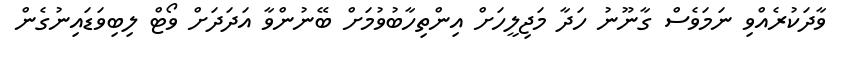
ވާދަކުރެއްވި ނަމަވެސް ގާނޫނު ހަދާ މަޖިލީހަށް އިންތިހާބުވުމަށް ބޭނުންވާ އަދަދަށް ވޯޓް ލިބިވަޑައިނުގެން